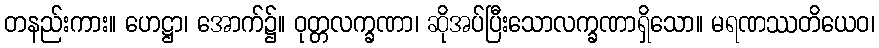
တနည်းကား။ ဟေဋ္ဌာ၊ အောက်၌။ ဝုတ္တလက္ခဏာ၊ ဆိုအပ်ပြီးသောလက္ခဏာရှိသော။ မရဏဿတိယေဝ၊